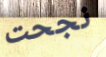
نجحت